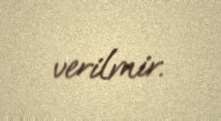
verilmir.